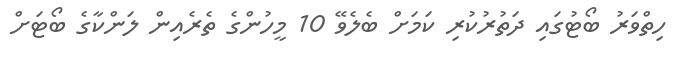
ހިތްވަރު ބޯޓުގައި ދަތުރުކުރި ކަމަށް ބެލެވޭ 10 މީހުންގެ ތެރެއިން ލަންކާގެ ބޯޓަށް